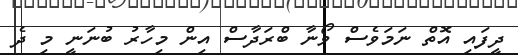
ދީފައި އޮތް ނަމަވެސް ވޯނާ ބްރަދާސް އިން މިހާރު ބުނަނީ މި ދެ